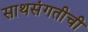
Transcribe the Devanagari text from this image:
साथसंगतीची